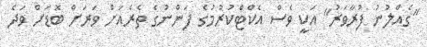
"ގެއްލުނު ފުރާވަރު" އަކީ ވެސް އެކްޓްކުރުމުގެ ފަންނުގެ ތެރެއަށް ވަރަށް ބޮޑަށް ވަދެ